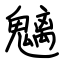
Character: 魑